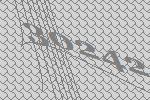
30242